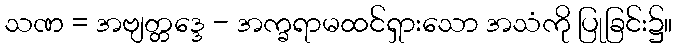
သဏ = အဗျတ္တဒ္ဒေ - အက္ခရာမထင်ရှားသော အသံကို ပြုခြင်း၌။